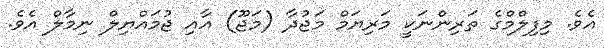
އެވެ. މިފިލްމްގެ ތަރިންނަކީ މަރިޔަމް މަޖުދާ (މަޖޫ) އާއި ޖުމައްޔިލް ނިމާލް އެވެ.